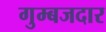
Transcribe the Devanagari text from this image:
गुम्बजदार